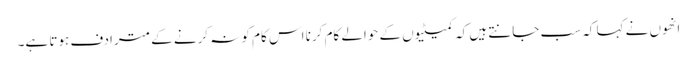
انھوں نے کہا کہ سب جانتے ہیں کہ کمیٹیوں کے حوالے کام کرنا اس کام کو نہ کرنے کے مترادف ہوتا ہے۔